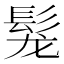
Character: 𩬤